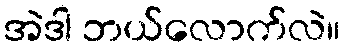
အဲဒါ ဘယ်လောက်လဲ။